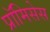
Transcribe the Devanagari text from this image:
प्रॉमिसेस